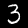
Digit: 3